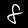
Digit: 8